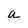
Character: a